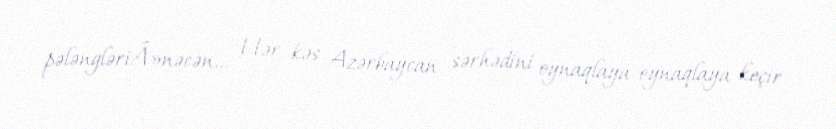
pələngləriÂ»nəcən... Hər kəs Azərbaycan sərhədini oynaqlaya-oynaqlaya keçir